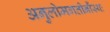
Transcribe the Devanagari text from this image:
अनुलोमगतीनौंस्थः